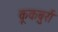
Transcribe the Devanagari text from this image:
कूकबुर्रा